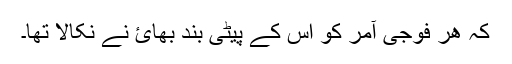
کہ ھر فوجی آمر کو اس کے پیٹی بند بھائ نے نکالا تھا۔